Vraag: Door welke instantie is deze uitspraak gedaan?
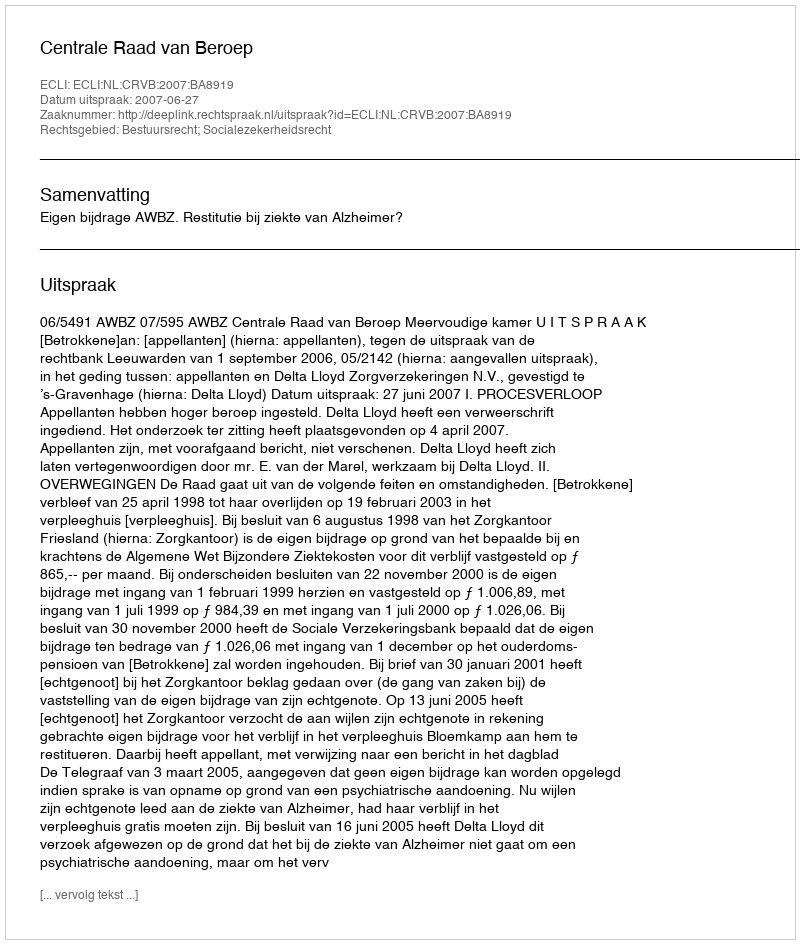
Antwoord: Centrale Raad van Beroep